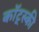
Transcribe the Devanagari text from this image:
कॉट्स्की